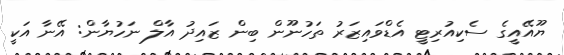
ޔޫއޭއީގެ ސެކިއުރިޓީ އެޑްވައިޒަރު ތަހުނޫން ބިން ޒައިދު އާލް ނަހުޔާން: އޭނާ އަކީ